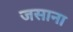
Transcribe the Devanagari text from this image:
जसाना